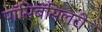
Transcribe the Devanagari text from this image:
पॉसिबॅसिलरी